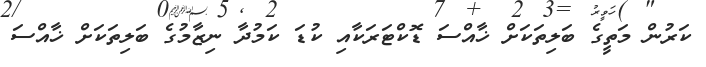
ކަރުން މަތީގެ ބަލިތަކަށް ޚާއްސަ ޑޮކްޓަރަކާއި ކުޑަ ކަމުދާ ނިޒާމުގެ ބަލިތަކަށް ޚާއްސަ